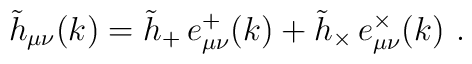
\tilde{h}_{\mu \nu }(k)=\tilde{h}_{+}\,e_{\mu \nu }^{+}(k)+\tilde{h}_{\times}\,e_{\mu \nu }^{\times }(k)\ .